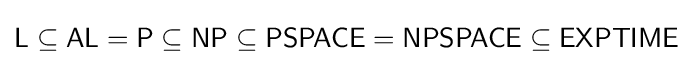
{\mathsf {L}}\subseteq {\mathsf {AL}}={\mathsf {P}}\subseteq {\mathsf {NP}}\subseteq {\mathsf {PSPACE}}={\mathsf {NPSPACE}}\subseteq {\mathsf {EXPTIME}}